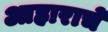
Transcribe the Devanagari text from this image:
आहाराचे